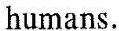
humans .